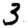
Digit: 3